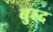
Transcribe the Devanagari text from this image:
बुघ्‍द